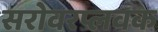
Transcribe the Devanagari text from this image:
सरोवरप्लवक